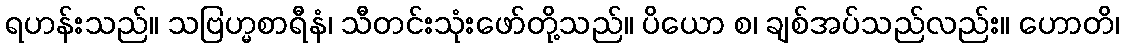
ရဟန်းသည်။ သဗြဟ္မစာရီနံ၊ သီတင်းသုံးဖော်တို့သည်။ ပိယော စ၊ ချစ်အပ်သည်လည်း။ ဟောတိ၊